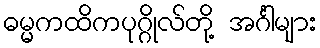
ဓမ္မကထိကပုဂ္ဂိုလ်တို့ အင်္ဂါများ